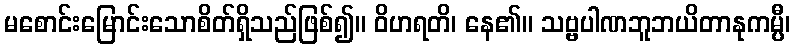
မစောင်းမြောင်းသောစိတ်ရှိသည်ဖြစ်၍။ ဝိဟရတိ၊ နေ၏။ သဗ္ဗပါဏဘူဘယိတာနုကမ္ပီ၊